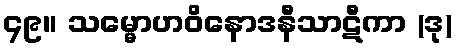
၄၉။ သမ္မောဟဝိနောဒနီသာဋီကာ (ဒု)